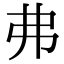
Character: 弗